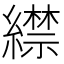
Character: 䌝